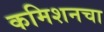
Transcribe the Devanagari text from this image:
कमिशनचा